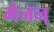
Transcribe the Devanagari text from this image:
मेनन्